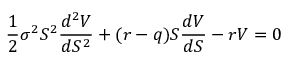
{ \frac { 1 } { 2 } } \sigma ^ { 2 } S ^ { 2 } { \frac { d ^ { 2 } V } { d S ^ { 2 } } } + ( r - q ) S { \frac { d V } { d S } } - r V = 0